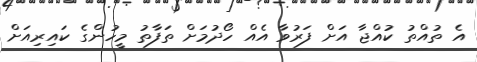
އެ ތުއްތު ކުއްޖާ އަށް ފަރުވާ އެއް ހޯދުމަށް ތަފާތު މީހުންގެ ކައިރިއަށް